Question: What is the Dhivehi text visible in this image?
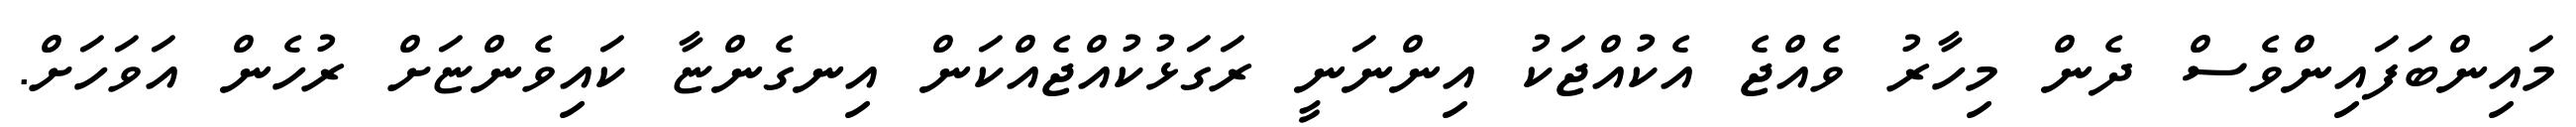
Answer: މައިންބަފައިންވެސް ދެން މިހާރު ވެއްޖެ އެކުއްޖަކު އިންނަނީ ރަގަޅުކުއްޖެއްކަން އިނގެންޏާ ކައިވެންޏަށް ރުހެން އަވަހަށް.